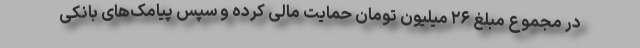
در مجموع مبلغ ۲۶ میلیون تومان حمایت مالی کرده و سپس پیامک‌های بانکی